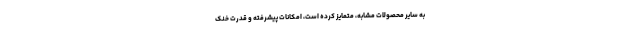
به سایر محصولات مشابه، متمایز کرده است، امکانات پیشرفته و قدرت خنک